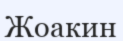
Жоакин